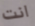
انت